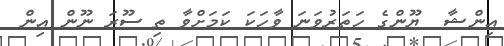
އިންޝާ  ޔޫންގެ ހަތަރުވަނަ ވާހަކަ ކަމަށްވާ ތި ސޫރަ ނޫން އިން